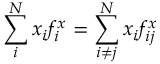
\sum _ { i } ^ { N } x _ { i } f _ { i } ^ { x } = \sum _ { i \ne j } ^ { N } x _ { i } f _ { i j } ^ { x }